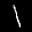
Label: 1